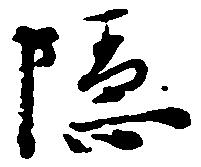
隠